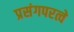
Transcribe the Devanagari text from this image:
प्रसंगपरत्वे